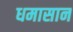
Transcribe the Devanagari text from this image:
धमासान